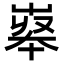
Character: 𡴝